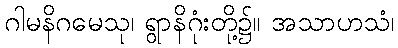
ဂါမနိဂမေသု၊ ရွာနိဂုံးတို့၌။ အသာဟသံ၊